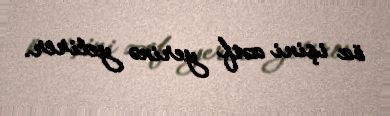
öz işini zəif yerinə yetirir.